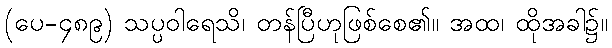
(ပေ-၄၈၉) သပ္ပဝါရေသိ၊ တန်ပြီဟုဖြစ်စေ၏။ အထ၊ ထိုအခါ၌။